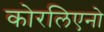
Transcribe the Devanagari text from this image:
कोरलिएनो